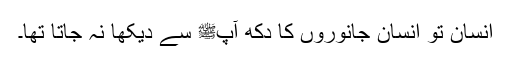
انسان تو انسان جانوروں کا دکھ آپﷺ سے دیکھا نہ جاتا تھا۔